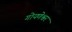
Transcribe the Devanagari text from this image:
गोयणेश्वर